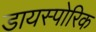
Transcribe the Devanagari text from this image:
डायस्पोरिक